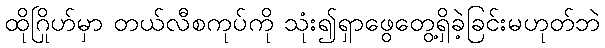
ထိုဂြိုဟ်မှာ တယ်လီစကုပ်ကို သုံး၍ရှာဖွေတွေ့ရှိခဲ့ခြင်းမဟုတ်ဘဲ